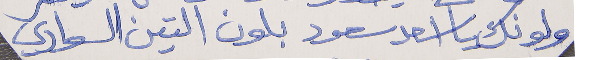
ولونك يا اسعد سعود      بلون التين السوادي